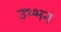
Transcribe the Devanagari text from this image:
उभ्भन